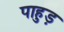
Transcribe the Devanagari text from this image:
पाहुड़